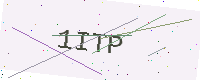
Text: 1ITP